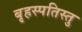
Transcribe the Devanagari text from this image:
बृहस्पतिस्तु